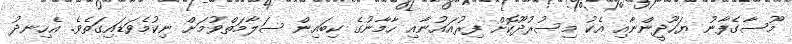
މޫސާގެފާނު ޔަހޫދީންނާއި އެކު މިސުރުދޫކޮށް ފިރުއައުނާއި ހާމާނުގެ ކިބައިން ސަލާމަތްވުމަށް ނިކުމެވަޑައިގަތެވެ. އެހިނދު